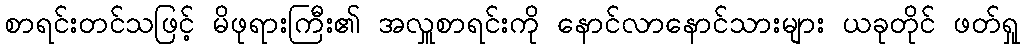
စာရင်းတင်သဖြင့် မိဖုရားကြီး၏ အလှူစာရင်းကို နောင်လာနောင်သားများ ယခုတိုင် ဖတ်ရှု